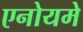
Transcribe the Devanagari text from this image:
एनोयमे